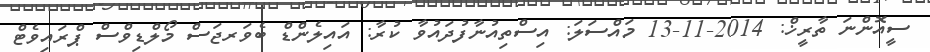
ސީއޮންނަ ތާރީޚް: 2014-11-13 މައްސަލަ: އިސްތިއުނާފުދައުވާ ކުރާ: އައިލެންޑް ބެވަރޖަސް މޯލްޑިވްސް ޕްރައިވެޓް